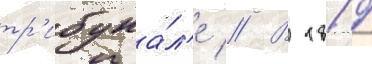
тр'ибуна́л'е // В 1819